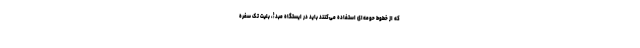
که از خطوط حومه‌ای استفاده می‌کنند باید در ایستگاه مبدأ، بلیت تک سفره